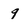
Character: q